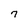
Character: 7